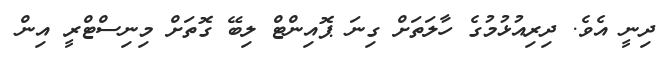
ދިނީ އެވެ. ދިރިއުޅުމުގެ ހާލަތަށް ގިނަ ޕޮއިންޓް ލިބޭ ގޮތަށް މިނިސްޓްރީ އިން